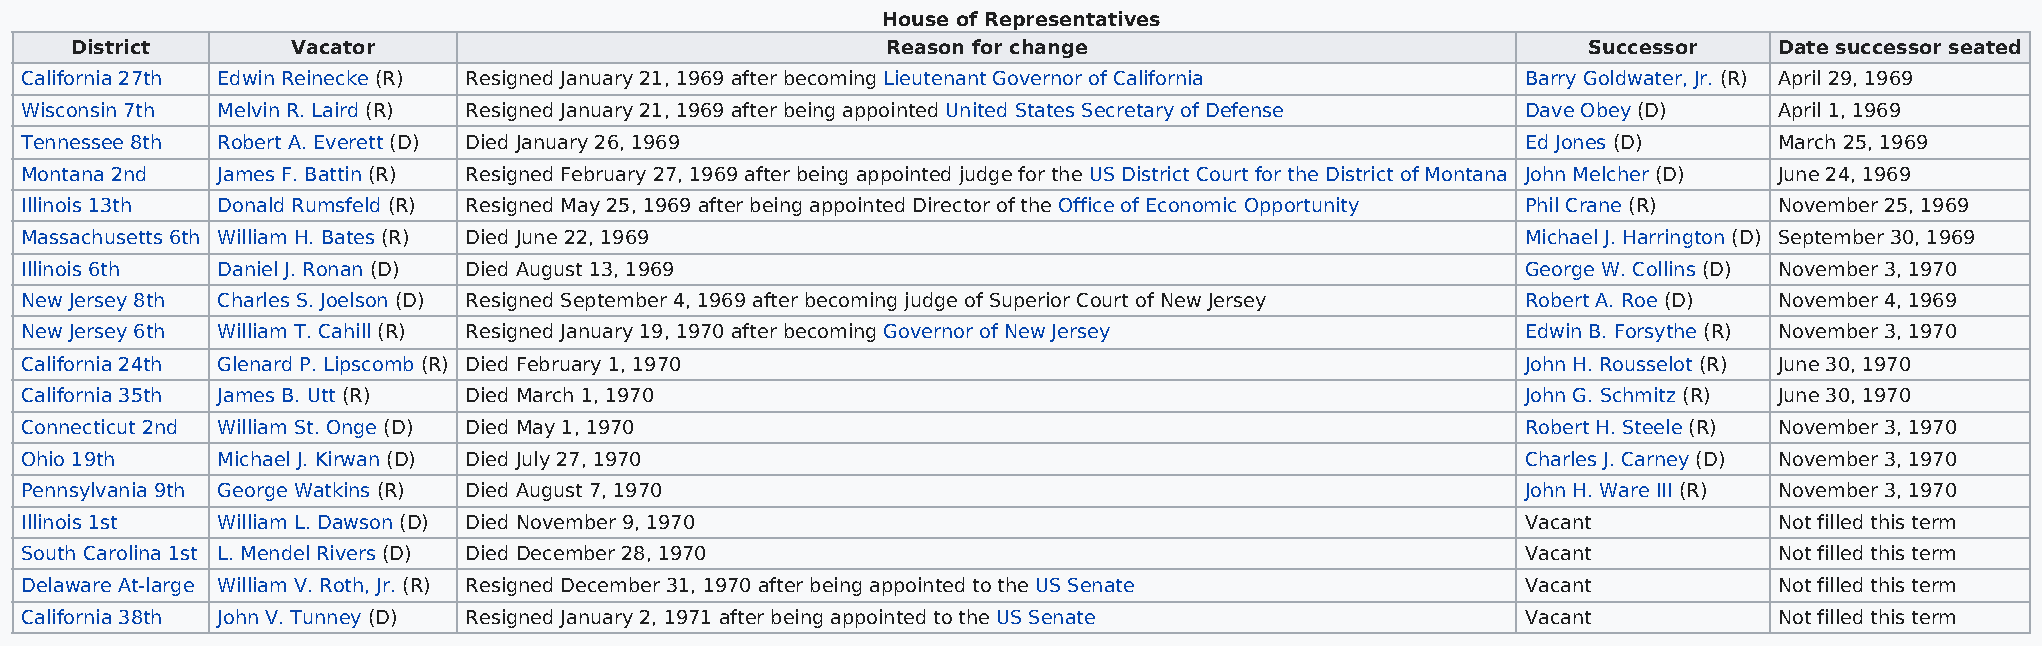
House of Representatives
 District      Vacator                                 Reason for change                             Successor    Date successor seated
 California 27th Edwin Reinecke (R) Resigned January 21, 1969 after becoming Lieutenant Governor of California Barry Goldwater, Jr. (R) April 29, 1969
 Wisconsin 7th Melvin R. Laird (R) Resigned January 21, 1969 after being appointed United States Secretary of Defense Dave Obey (D) April 1, 1969
 Tennessee 8th Robert A. Everett (D) Died January 26, 1969                                           Ed Jones (D)     March 25, 1969
 Montana 2nd  James F. Battin (R) Resigned February 27, 1969 after being appointed judge for the US District Court for the District of Montana John Melcher (D) June 24, 1969
 Illinois 13th Donald Rumsfeld (R) Resigned May 25, 1969 after being appointed Director of the Office of Economic Opportunity Phil Crane (R) November 25, 1969
 Massachusetts 6th William H. Bates (R) Died June 22, 1969                                           Michael J. Harrington (D) September 30, 1969
 Illinois 6th Daniel J. Ronan (D) Died August 13, 1969                                               George W. Collins (D) November 3, 1970
 New Jersey 8th Charles S. Joelson (D) Resigned September 4, 1969 after becoming judge of Superior Court of New Jersey Robert A. Roe (D) November 4, 1969
 New Jersey 6th William T. Cahill (R) Resigned January 19, 1970 after becoming Governor of New Jersey Edwin B. Forsythe (R) November 3, 1970
 California 24th Glenard P. Lipscomb (R) Died February 1, 1970                                       John H. Rousselot (R) June 30, 1970
 California 35th James B. Utt (R) Died March 1, 1970                                                 John G. Schmitz (R) June 30, 1970
 Connecticut 2nd William St. Onge (D) Died May 1, 1970                                               Robert H. Steele (R) November 3, 1970
 Ohio 19th    Michael J. Kirwan (D) Died July 27, 1970                                               Charles J. Carney (D) November 3, 1970
 Pennsylvania 9th George Watkins (R) Died August 7, 1970                                             John H. Ware III (R) November 3, 1970
 Illinois 1st William L. Dawson (D) Died November 9, 1970                                            Vacant           Not filled this term
 South Carolina 1st L. Mendel Rivers (D) Died December 28, 1970                                      Vacant           Not filled this term
 Delaware At-large William V. Roth, Jr. (R) Resigned December 31, 1970 after being appointed to the US Senate Vacant  Not filled this term
 California 38th John V. Tunney (D) Resigned January 2, 1971 after being appointed to the US Senate  Vacant           Not filled this term